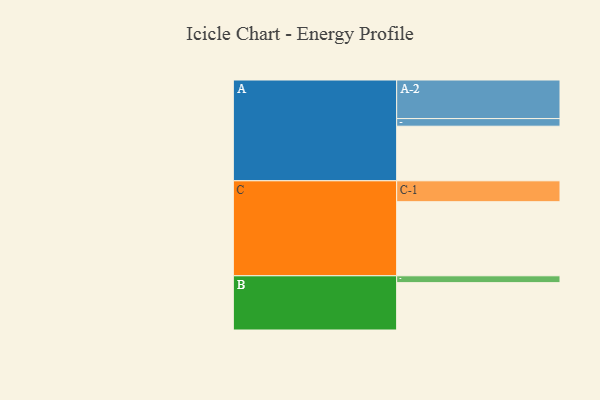
{"axis": {"x": "Segment", "y": "Value"}, "legend": ["", "A", "B", "C"], "data": [{"x": "A", "y": 423, "type": ""}, {"x": "B", "y": 367, "type": ""}, {"x": "C", "y": 574, "type": ""}, {"x": "A-1", "y": 59, "type": "A"}, {"x": "A-2", "y": 299, "type": "A"}, {"x": "B-1", "y": 53, "type": "B"}, {"x": "C-1", "y": 162, "type": "C"}]}